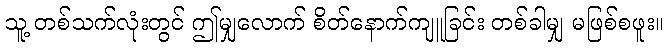
သူ့ တစ်သက်လုံးတွင် ဤမျှလောက် စိတ်နောက်ကျူခြင်း တစ်ခါမျှ မဖြစ်စဖူး။